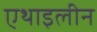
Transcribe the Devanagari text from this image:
एथाइलीन